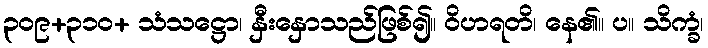
၃၀၉+၃၁၀+ သံသဋ္ဌော၊ နှီးနှောသည်ဖြစ်၍။ ဝိဟရတိ၊ နေ၏။ ပ။ သိက္ခံ၊